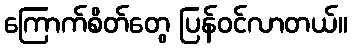
ကြောက်စိတ်တွေ ပြန်ဝင်လာတယ်။